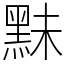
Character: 䵢